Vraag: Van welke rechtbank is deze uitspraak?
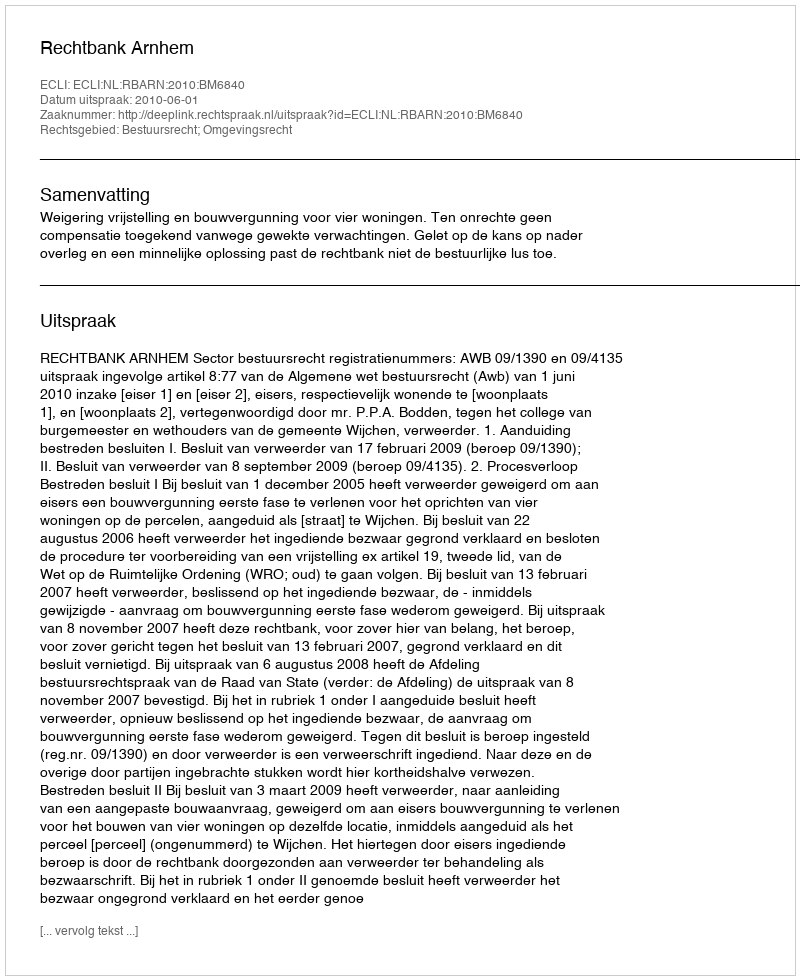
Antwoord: Rechtbank Arnhem